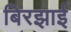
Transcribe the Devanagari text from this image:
बिरझाई